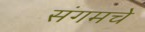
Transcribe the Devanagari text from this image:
संगमचे